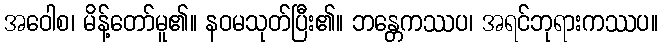
အဝေါစ၊ မိန့်တော်မူ၏။ နဝမသုတ်ပြီး၏။ ဘန္တေကဿပ၊ အရင်ဘုရားကဿပ။